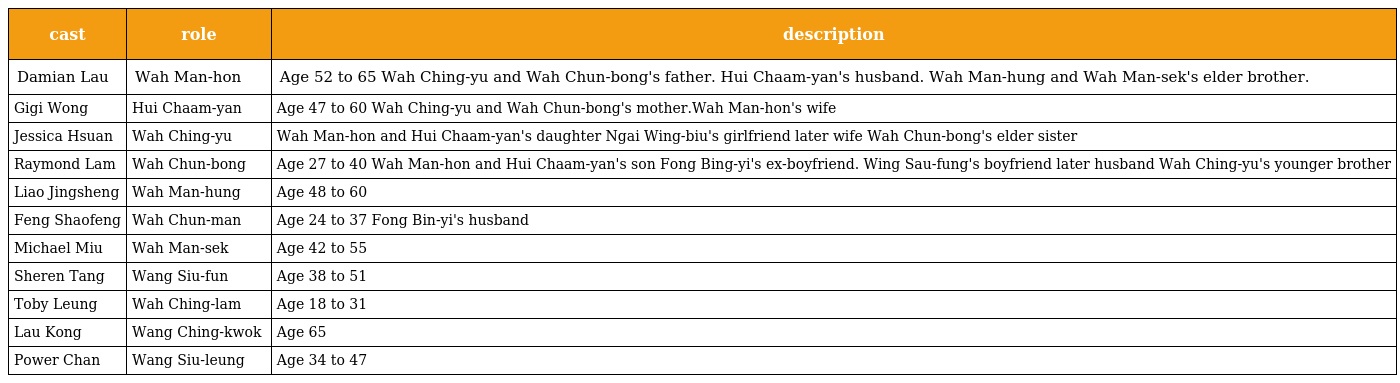
| cast | role | description |
 | --- | --- | --- |
 | Damian Lau | Wah Man-hon 華文翰 | Age 52 to 65 Wah Ching-yu and Wah Chun-bong's father. Hui Chaam-yan's husband. Wah Man-hung and Wah Man-sek's elder brother. |
 | Gigi Wong | Hui Chaam-yan 許湛恩 | Age 47 to 60 Wah Ching-yu and Wah Chun-bong's mother.Wah Man-hon's wife |
 | Jessica Hsuan | Wah Ching-yu 華清瑜 | Wah Man-hon and Hui Chaam-yan's daughter Ngai Wing-biu's girlfriend later wife Wah Chun-bong's elder sister |
 | Raymond Lam | Wah Chun-bong 華振邦 | Age 27 to 40 Wah Man-hon and Hui Chaam-yan's son Fong Bing-yi's ex-boyfriend. Wing Sau-fung's boyfriend later husband Wah Ching-yu's younger brother |
 | Liao Jingsheng | Wah Man-hung 華文鴻 | Age 48 to 60 |
 | Feng Shaofeng | Wah Chun-man 華振民 | Age 24 to 37 Fong Bin-yi's husband |
 | Michael Miu | Wah Man-sek 華文碩 | Age 42 to 55 |
 | Sheren Tang | Wang Siu-fun 汪紹芬 | Age 38 to 51 |
 | Toby Leung | Wah Ching-lam 華清琳 | Age 18 to 31 |
 | Lau Kong | Wang Ching-kwok 汪政國 | Age 65 |
 | Power Chan | Wang Siu-leung 汪紹良 | Age 34 to 47 |